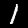
Label: 1